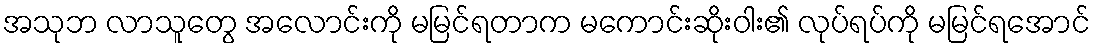
အသုဘ လာသူတွေ အလောင်းကို မမြင်ရတာက မကောင်းဆိုးဝါး၏ လုပ်ရပ်ကို မမြင်ရအောင်